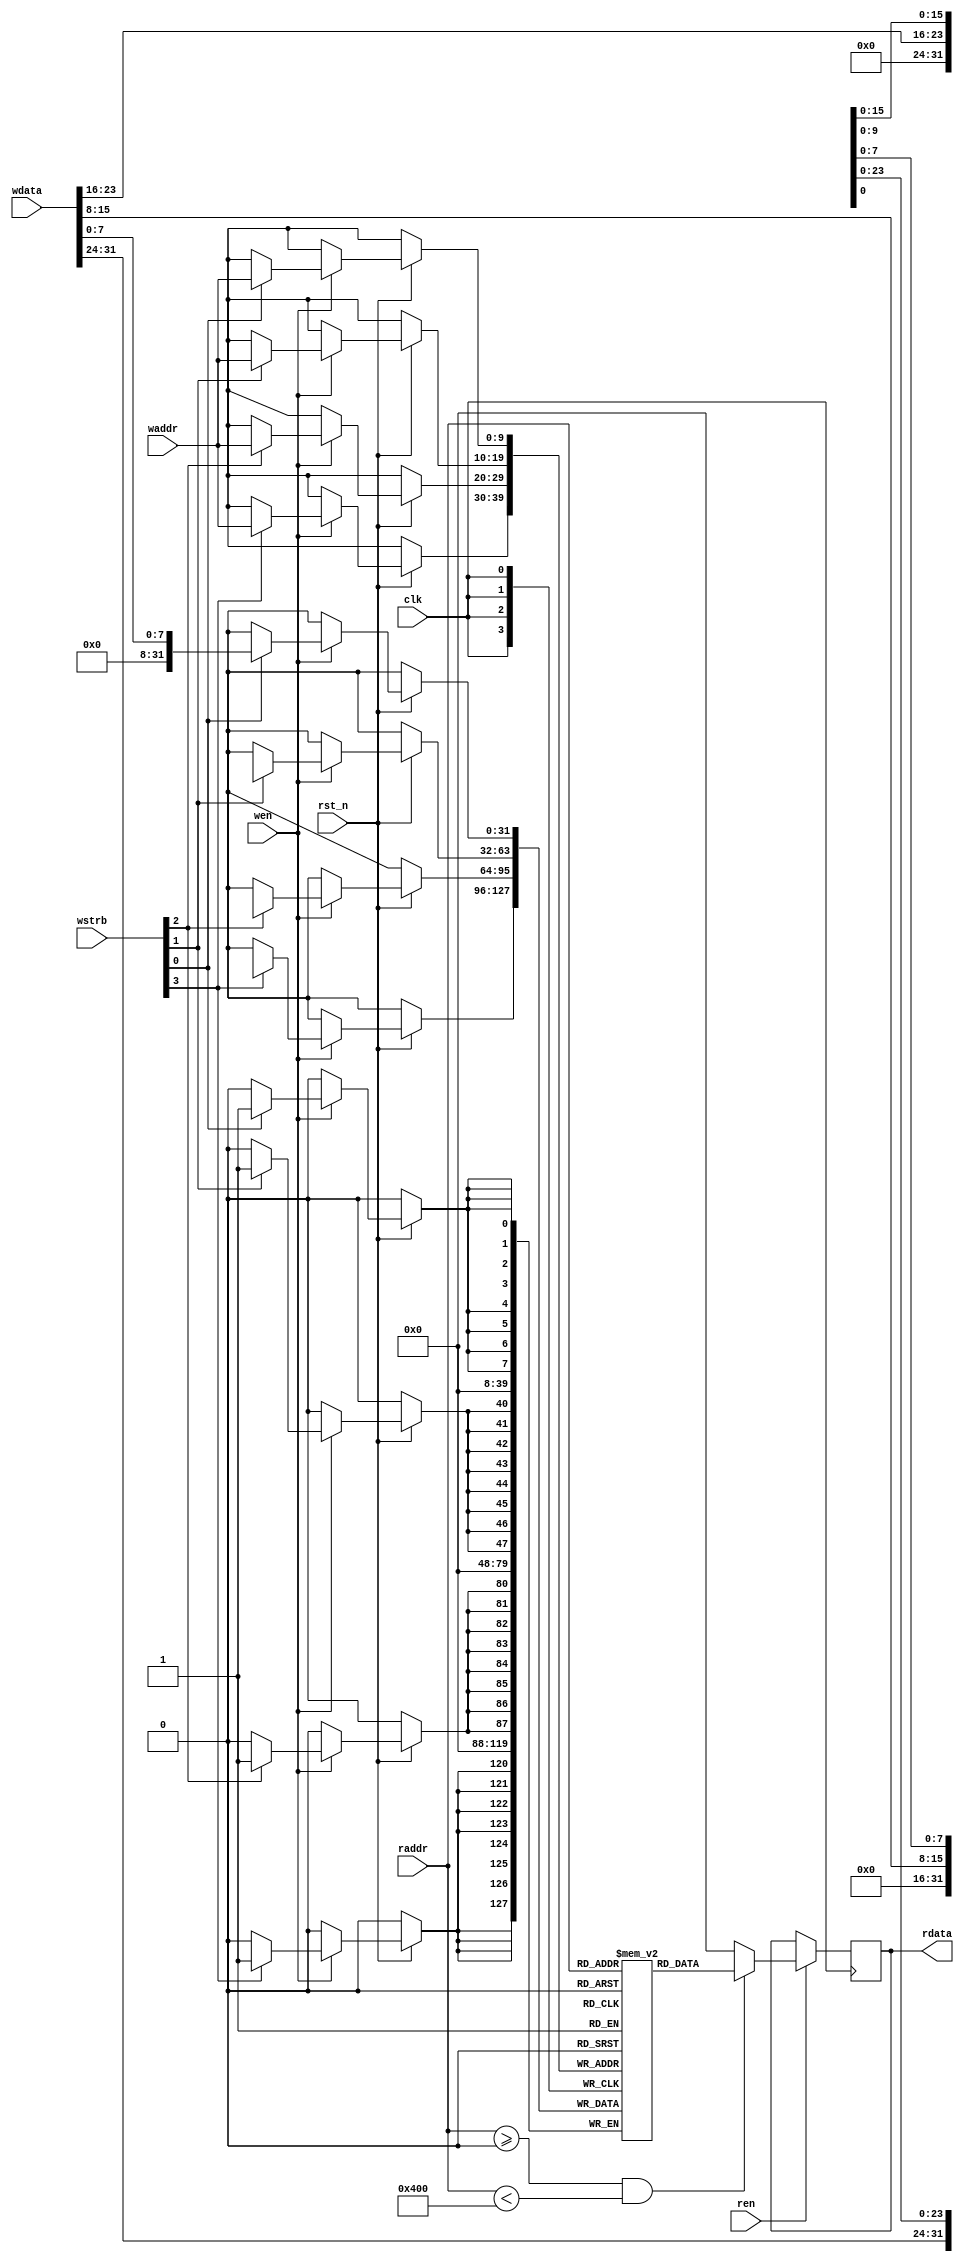
`timescale 1ns / 1ps

module axi_mm_mem_wrap #(
		parameter integer C_S_AXI_DATA_WIDTH = 32,

		parameter integer OPT_MEM_ADDR_BITS = 10
	)
	(
		input wire clk,
		input wire rst_n,

		input wire [(C_S_AXI_DATA_WIDTH / 8) - 1 : 0] wstrb,
		input wire wen,
		input wire [C_S_AXI_DATA_WIDTH - 1 : 0] wdata,
		input wire [OPT_MEM_ADDR_BITS - 1 : 0] waddr,

		input wire ren,
		output reg [C_S_AXI_DATA_WIDTH - 1 : 0] rdata = 0,
		input wire [OPT_MEM_ADDR_BITS - 1 : 0] raddr
	);

	// implement Block RAM(s)
	// for write command
	//
	localparam integer MEMSIZE = (1 << (OPT_MEM_ADDR_BITS));

	reg [C_S_AXI_DATA_WIDTH - 1 : 0] data[0 : MEMSIZE - 1];

	integer byte_index;
	always @(posedge clk) begin
		if (rst_n == 1'b0) begin
		end 
		else begin
			if (wen == 1) begin
				for(byte_index = 0; byte_index < (C_S_AXI_DATA_WIDTH / 8); byte_index = byte_index + 1) begin
					if(wstrb[byte_index] == 1) begin
						data[waddr][(byte_index * 8) +: 8] <= wdata[(byte_index * 8) +: 8];
					end
				end
			end
			else begin
			end
		end
	end

	always @(posedge clk) begin
		if (ren == 1) begin
			if((raddr >= 0) && (raddr < MEMSIZE)) begin
				rdata <= data[raddr];
			end
			else begin
				rdata <= 0;
			end
		end
		else begin
		end
	end
endmodule